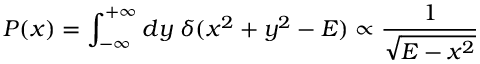
P ( x ) = \int _ { - \infty } ^ { + \infty } d y \; \delta ( x ^ { 2 } + y ^ { 2 } - E ) \propto \frac { 1 } { \sqrt { E - x ^ { 2 } } }